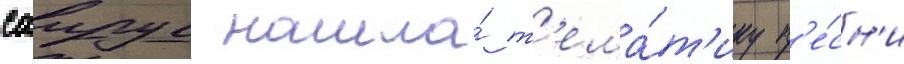
саирус нашла́ т'ема́т'ику п'е́сн'и